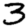
Digit: 3